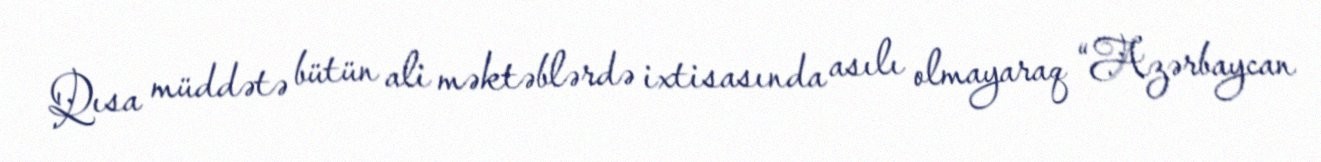
Qısa müddətə bütün ali məktəblərdə ixtisasında asılı olmayaraq “Azərbaycan